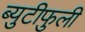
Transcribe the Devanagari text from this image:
ब्युटीफुली